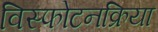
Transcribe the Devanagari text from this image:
विस्फोटनक्रिया